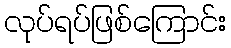
လုပ်ရပ်ဖြစ်ကြောင်း